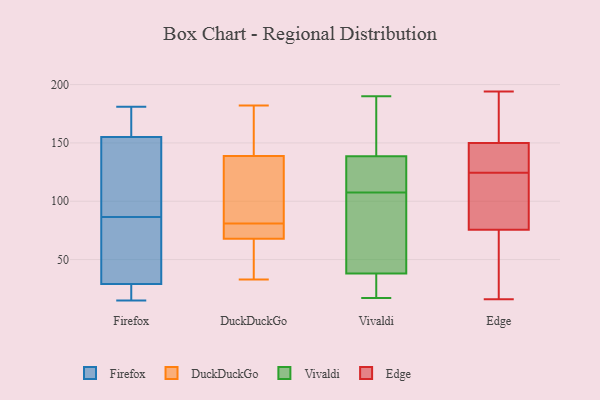
{"axis": {"x": "Customer Acquisition Cost (USD)", "y": "Value"}, "legend": ["DuckDuckGo", "Edge", "Firefox", "Vivaldi"], "data": [{"x": "", "y": 15, "type": "Firefox"}, {"x": "", "y": 155, "type": "Firefox"}, {"x": "", "y": 52, "type": "Firefox"}, {"x": "", "y": 181, "type": "Firefox"}, {"x": "", "y": 51, "type": "Firefox"}, {"x": "", "y": 143, "type": "Firefox"}, {"x": "", "y": 27, "type": "Firefox"}, {"x": "", "y": 117, "type": "Firefox"}, {"x": "", "y": 148, "type": "Firefox"}, {"x": "", "y": 21, "type": "Firefox"}, {"x": "", "y": 56, "type": "Firefox"}, {"x": "", "y": 29, "type": "Firefox"}, {"x": "", "y": 173, "type": "Firefox"}, {"x": "", "y": 161, "type": "Firefox"}, {"x": "", "y": 73, "type": "DuckDuckGo"}, {"x": "", "y": 147, "type": "DuckDuckGo"}, {"x": "", "y": 112, "type": "DuckDuckGo"}, {"x": "", "y": 182, "type": "DuckDuckGo"}, {"x": "", "y": 136, "type": "DuckDuckGo"}, {"x": "", "y": 132, "type": "DuckDuckGo"}, {"x": "", "y": 166, "type": "DuckDuckGo"}, {"x": "", "y": 81, "type": "DuckDuckGo"}, {"x": "", "y": 42, "type": "DuckDuckGo"}, {"x": "", "y": 64, "type": "DuckDuckGo"}, {"x": "", "y": 69, "type": "DuckDuckGo"}, {"x": "", "y": 73, "type": "DuckDuckGo"}, {"x": "", "y": 33, "type": "DuckDuckGo"}, {"x": "", "y": 124, "type": "Vivaldi"}, {"x": "", "y": 36, "type": "Vivaldi"}, {"x": "", "y": 174, "type": "Vivaldi"}, {"x": "", "y": 30, "type": "Vivaldi"}, {"x": "", "y": 138, "type": "Vivaldi"}, {"x": "", "y": 190, "type": "Vivaldi"}, {"x": "", "y": 116, "type": "Vivaldi"}, {"x": "", "y": 17, "type": "Vivaldi"}, {"x": "", "y": 19, "type": "Vivaldi"}, {"x": "", "y": 40, "type": "Vivaldi"}, {"x": "", "y": 119, "type": "Vivaldi"}, {"x": "", "y": 64, "type": "Vivaldi"}, {"x": "", "y": 99, "type": "Vivaldi"}, {"x": "", "y": 139, "type": "Vivaldi"}, {"x": "", "y": 139, "type": "Vivaldi"}, {"x": "", "y": 62, "type": "Vivaldi"}, {"x": "", "y": 136, "type": "Edge"}, {"x": "", "y": 128, "type": "Edge"}, {"x": "", "y": 165, "type": "Edge"}, {"x": "", "y": 146, "type": "Edge"}, {"x": "", "y": 68, "type": "Edge"}, {"x": "", "y": 113, "type": "Edge"}, {"x": "", "y": 154, "type": "Edge"}, {"x": "", "y": 16, "type": "Edge"}, {"x": "", "y": 121, "type": "Edge"}, {"x": "", "y": 194, "type": "Edge"}, {"x": "", "y": 83, "type": "Edge"}, {"x": "", "y": 37, "type": "Edge"}]}